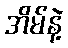
အိမ်နဲ့